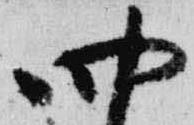
四